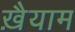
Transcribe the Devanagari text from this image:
ख़ैयाम